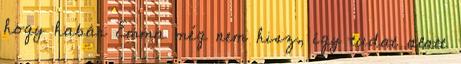
hogy habár Emma még nem hisz, így tudat alatt